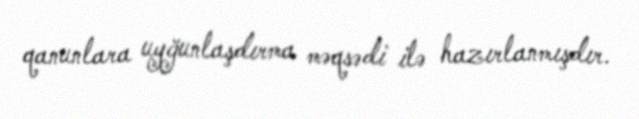
qanunlara uyğunlaşdırma məqsədi ilə hazırlanmışdır.